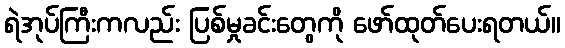
ရဲအုပ်ကြီးကလည်း ပြစ်မှုခင်းတွေကို ဖော်ထုတ်ပေးရတယ်။